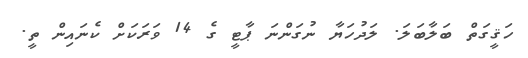
ހަޤީގަތް ބަލާބަލަ. ލަދުހަޔާ ނުގަންނަ ޕާޓީ ގެ 14 ވަރަކަށް ކެނައިން ތީ.